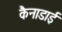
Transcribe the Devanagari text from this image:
कैनाडाई